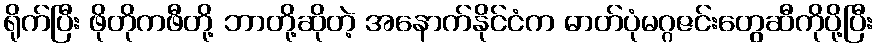
ရိုက်ပြီး ဖိုတိုကဖီတို့ ဘာတို့ဆိုတဲ့ အနောက်နိုင်ငံက ဓာတ်ပုံမဂ္ဂဇင်းတွေဆီကိုပို့ပြီး